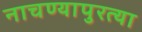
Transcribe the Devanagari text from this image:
नाचण्यापुरत्या